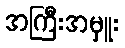
အကြီးအမှူး